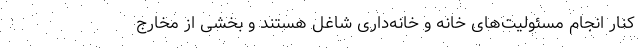
کنار انجام مسئولیت‌های خانه و خانه‌داری شاغل هستند و بخشی از مخارج